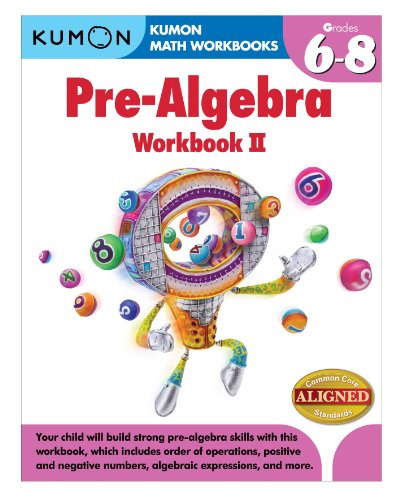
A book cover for Kumon Pre-Algebra Workbook II (Kumon Math Workbooks); Jason Wang; Teen & Young Adult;